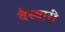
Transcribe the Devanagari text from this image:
वैस्वारी